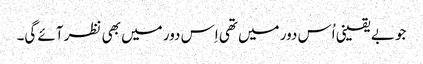
جو بے یقینی اُس دور میں تھی اِس دور میں بھی نظر آئے گی۔